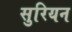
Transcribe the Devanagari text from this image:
सुरियन